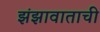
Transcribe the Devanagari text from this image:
झंझावाताची